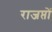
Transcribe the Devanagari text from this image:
राजप्तों